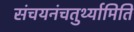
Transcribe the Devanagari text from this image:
संचयनंचतुर्थ्यामिति